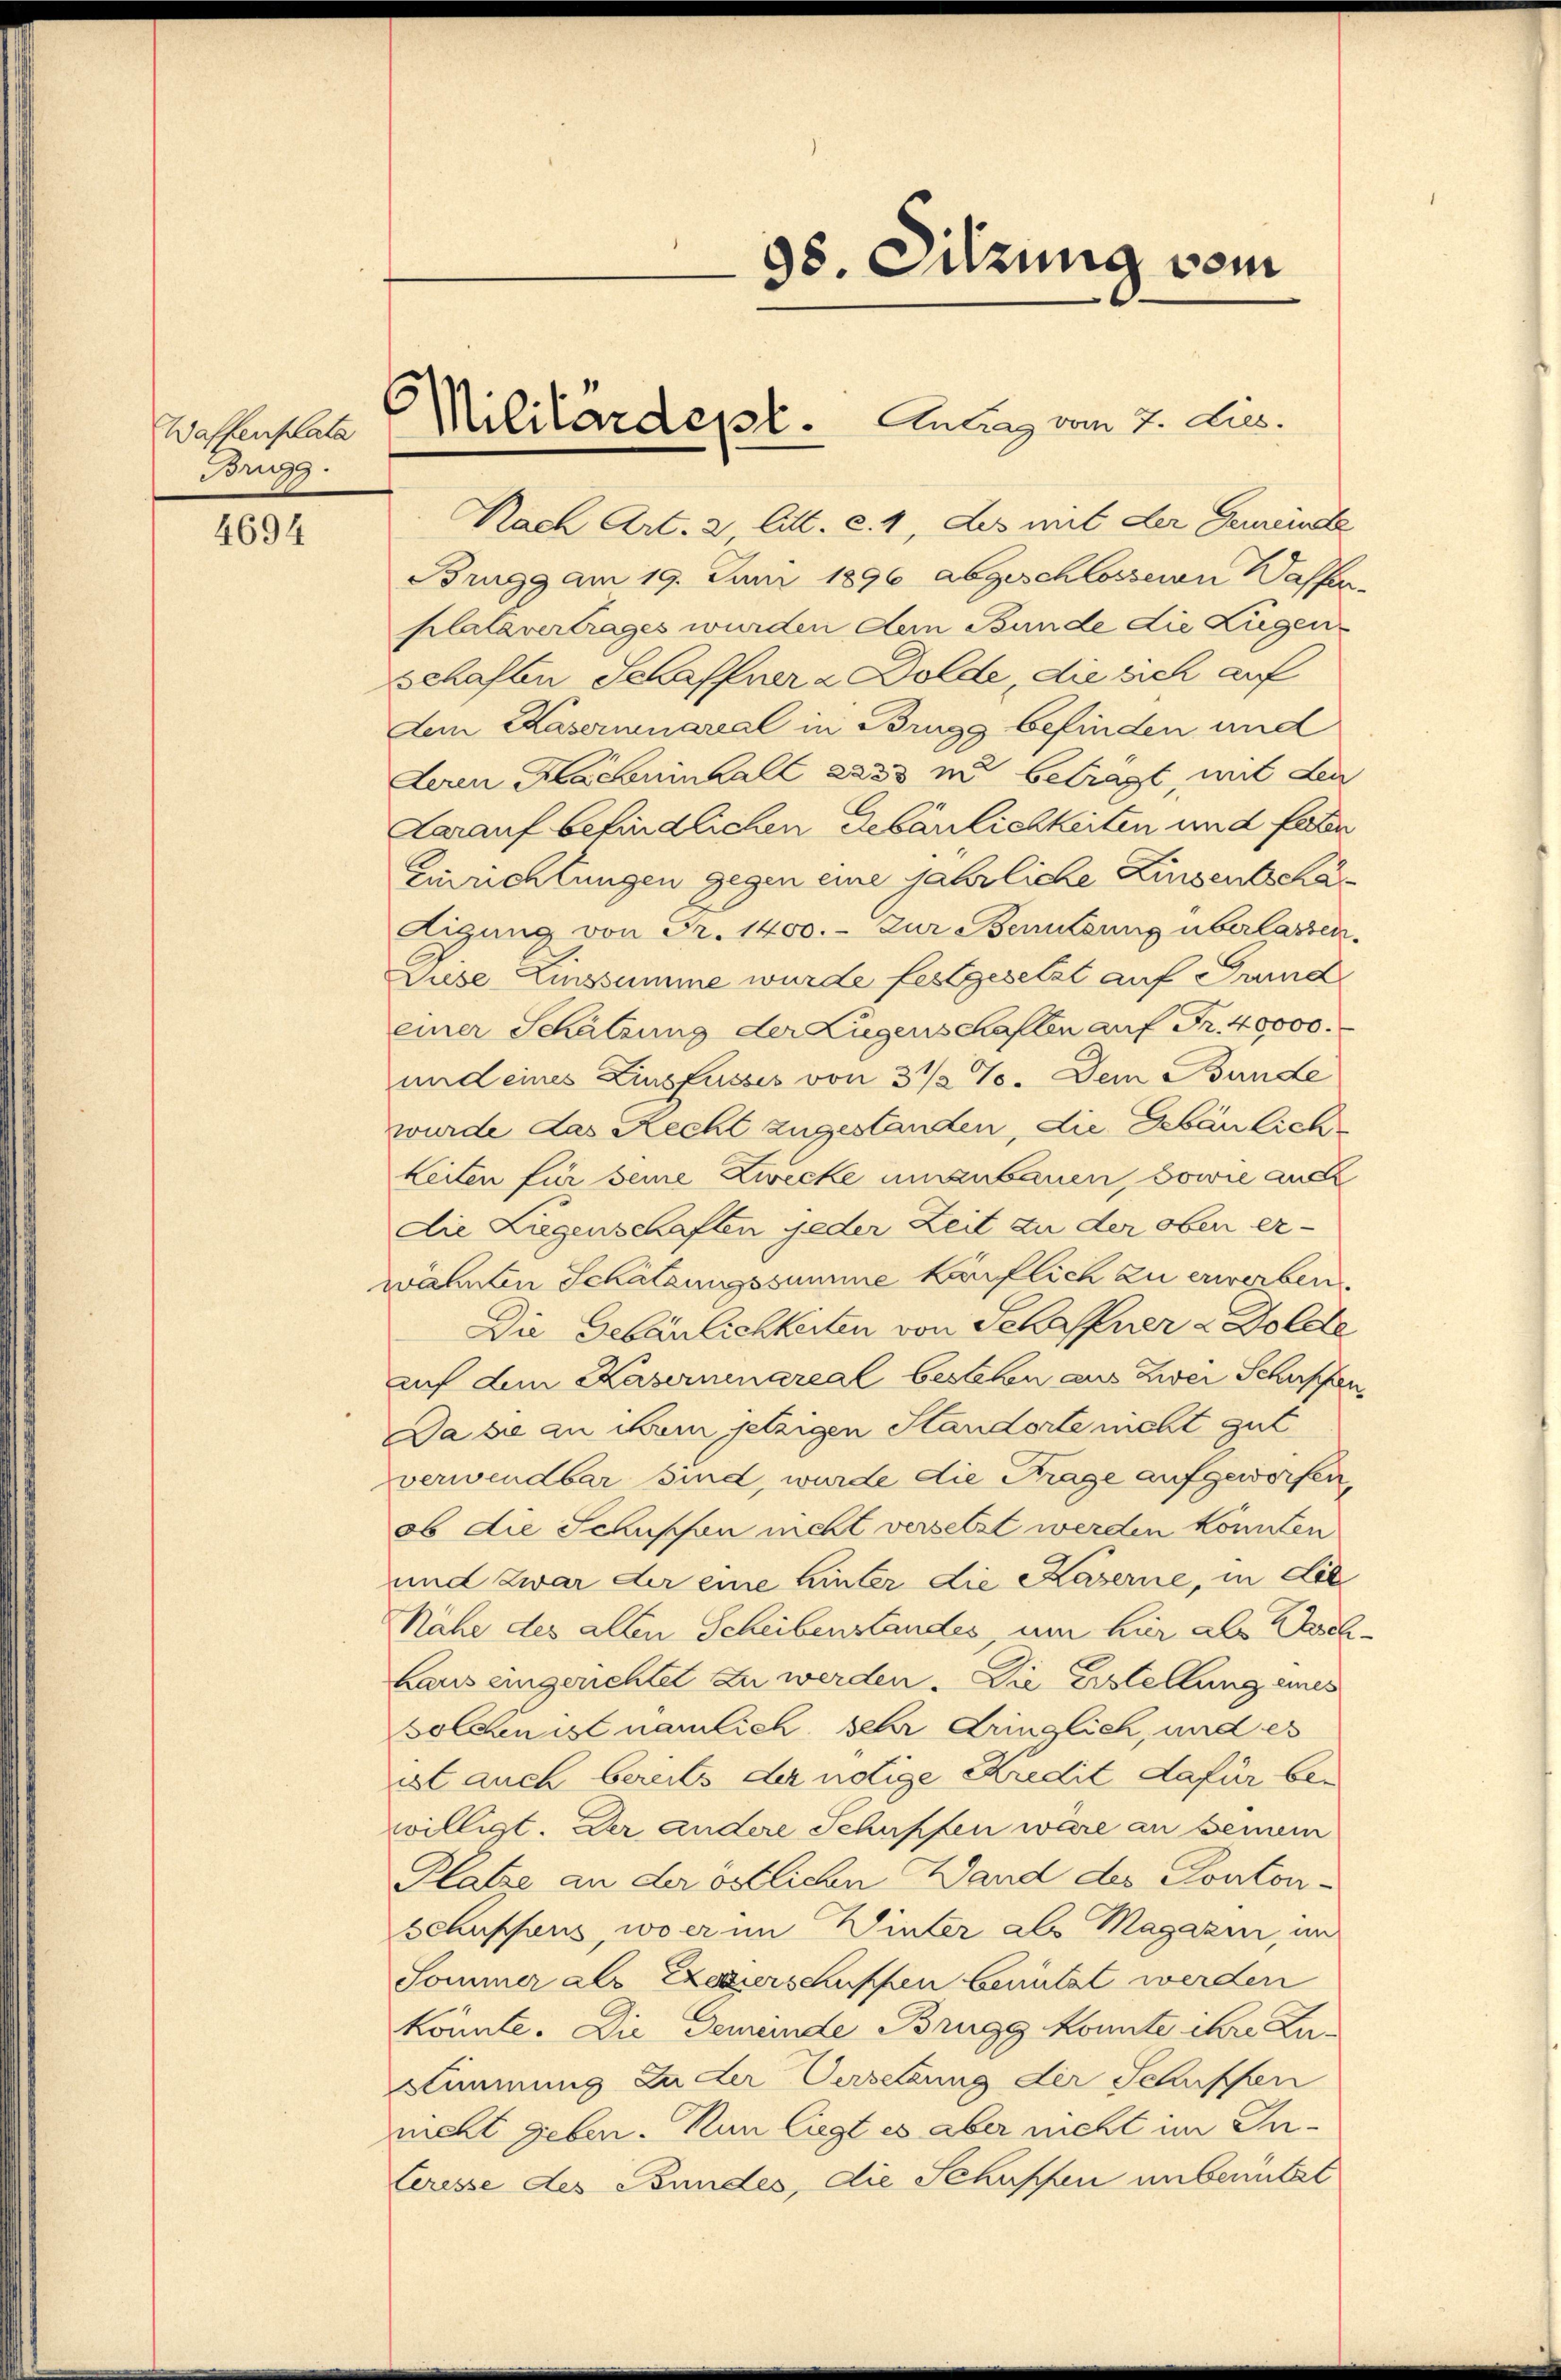
Waffenplata
Brig.

4694

C

98. Sitzung vom

Militärdept. Antrag vom 7. Dies.

Nach Art. 2, litt. c. 1, des mit der Gemeinde
Brugg am 19. Juni 1896 abgeschlossenen Wasser
klatavertrages wurden dem Bunde die Lügen
schaften Schaffner a Dolde, die sich auf
Aen Kasernareal in Brugg befinden und
deren Hocheninhall 2233 mit betragt, mit den
Aarauf befindlichen Gebäulichkeiten und faten
Einrichtungen gegen eine jährliche Linsentschä¬
Eigung von Fr. 1400. - Zur Benutzung überlassen.
Diese Einssumme wurde festgesetzt auf Grund
einer Schätzung der Lügenschaften auf Fr. 40000.
und eines Zinsfusses von 3 1/2 %. Dem Bunde
wurde das Recht zugestanden, die Gebäulich
keiten für seine Zwecke umzubauen, sowie auc
die Liegenschaften jeder Zeit zu der oben er-
währten Schätzungssumme käuflich zu erwerben.
Die Gebäulichkeiten von Schaffner & Dolde
auf dem Kasernenareal bestehen aus zwei Schupfen
Da sie an ihrem jetzigen Standorte nicht gut
verwendbar sind, wurde die Frage aufgeworfen,
ob die Schupfen nicht versetzt werden könnten
und zwar der eine Hinter die Kaserne, in die
Nähe des alten Scheibenstandes, um hier als ehehaus eingerichtet zu werden. Die Erstellung eines
solchen ist nämlich sehr dringlich, und es
ist auch bereits der nötige Kredit dafür bewilligt. Der andere Schupfen wäre an seinem
Platze an der östlichen Wand des Pontonschuppens, wo er im Winter als Magazin, und
Sommer als Exegerschuppen benützt werden
könnte. Die Gemeinde Brugg konnte ihre Zu-
Stimmung zu der Versetzung der Schupfen
ncht geben. Nun liegt es aber nicht im In-
Ceresse des Bundes, die Schupfen unbenutzt